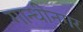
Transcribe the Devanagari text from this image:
गान्धीनगर